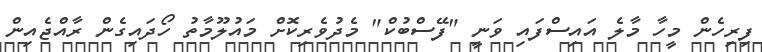
ފިރިހެން މީހާ މާލެ އައިސްފައި ވަނީ "ފޭސްބުކް" މެދުވެރިކޮށް މައުލޫމާތު ހޯދައިގެން ރާއްޖެއިން